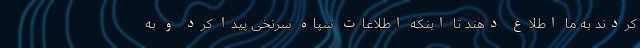
کردند به ما اطلاع دهند تا اینکه اطلاعات سپاه سرنخی پیدا کرد و به